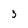
Character: 3